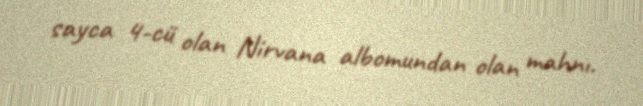
sayca 4-cü olan Nirvana albomundan olan mahnı.